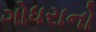
ગોધરાનો